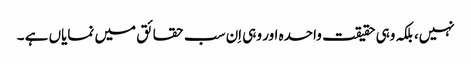
نہیں، بلکہ وہی حقیقت واحدہ اور وہی اِن سب حقائق میں نمایاں ہے ۔